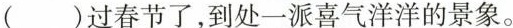
()过春节了，到处一派喜气洋洋的景象。